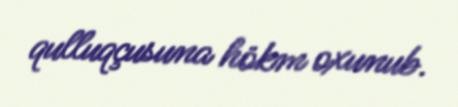
qulluqçusuna hökm oxunub.